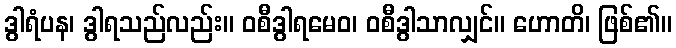
ဒွါရံပန၊ ဒွါရသည်လည်း။ ဝစီဒွါရမေဝ၊ ဝစီဒွါသာလျှင်။ ဟောတိ၊ ဖြစ်၏။